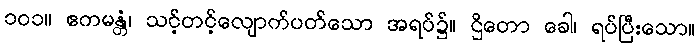
၁၀၁။ ဧကမန္တံ၊ သင့်တင့်လျောက်ပတ်သော အရပ်၌။ ဌိတော ခေါ၊ ရပ်ပြီးသော။